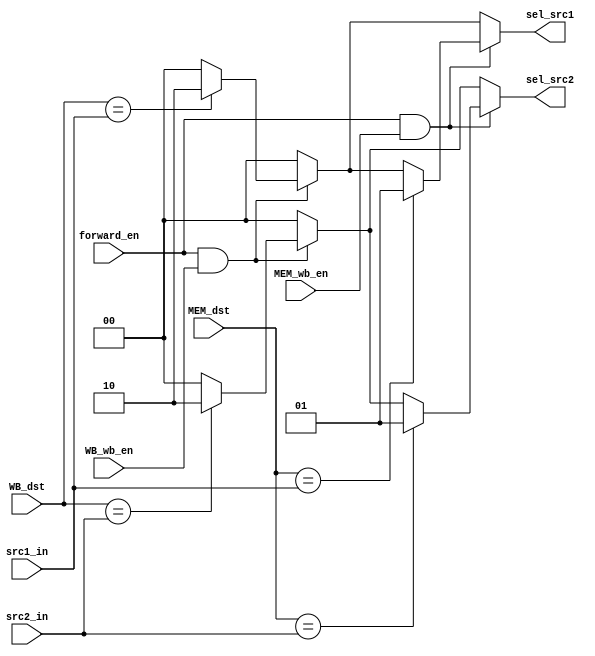
`define REGFILE_ADDRESS_LEN 4
`define FORW_SEL_FROM_WB 2'b10
`define FORW_SEL_FROM_MEM 2'b01

module Forwarding_Unit (forward_en, WB_wb_en, MEM_wb_en, MEM_dst, WB_dst, src1_in, src2_in, sel_src1, sel_src2);
    input forward_en;
	input WB_wb_en, MEM_wb_en;
    input [`REGFILE_ADDRESS_LEN - 1:0] MEM_dst, WB_dst, src1_in, src2_in;
	
    output reg [1:0] sel_src1, sel_src2;

	always@(*) begin
		{sel_src1, sel_src2} = 4'd0;
        if (forward_en && WB_wb_en) begin
            if (WB_dst == src1_in) begin
                sel_src1 = `FORW_SEL_FROM_WB; 
            end
            
            if (WB_dst == src2_in) begin
                sel_src2 = `FORW_SEL_FROM_WB; 
            end
        end
        if (forward_en && MEM_wb_en) begin
            if (MEM_dst == src1_in) begin
                sel_src1 = `FORW_SEL_FROM_MEM;
            end
            
            if (MEM_dst == src2_in) begin
                sel_src2 = `FORW_SEL_FROM_MEM;
            end
        end
	end
endmodule